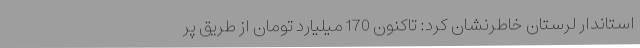
استاندار لرستان خاطرنشان کرد: تاکنون 170 میلیارد تومان از طریق پر